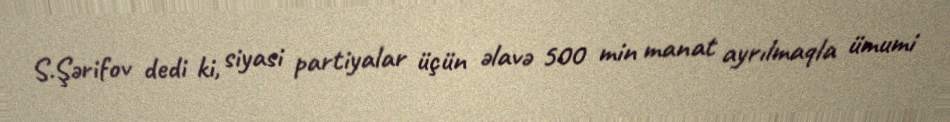
S.Şərifov dedi ki, siyasi partiyalar üçün əlavə 500 min manat ayrılmaqla ümumi